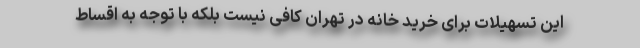
این تسهیلات برای خرید خانه در تهران کافی نیست بلکه با توجه به اقساط